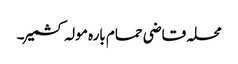
محلہ قاضی حمام بارہ مولہ کشمیر۔